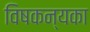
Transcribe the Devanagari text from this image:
विषकन्यका